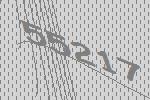
55217